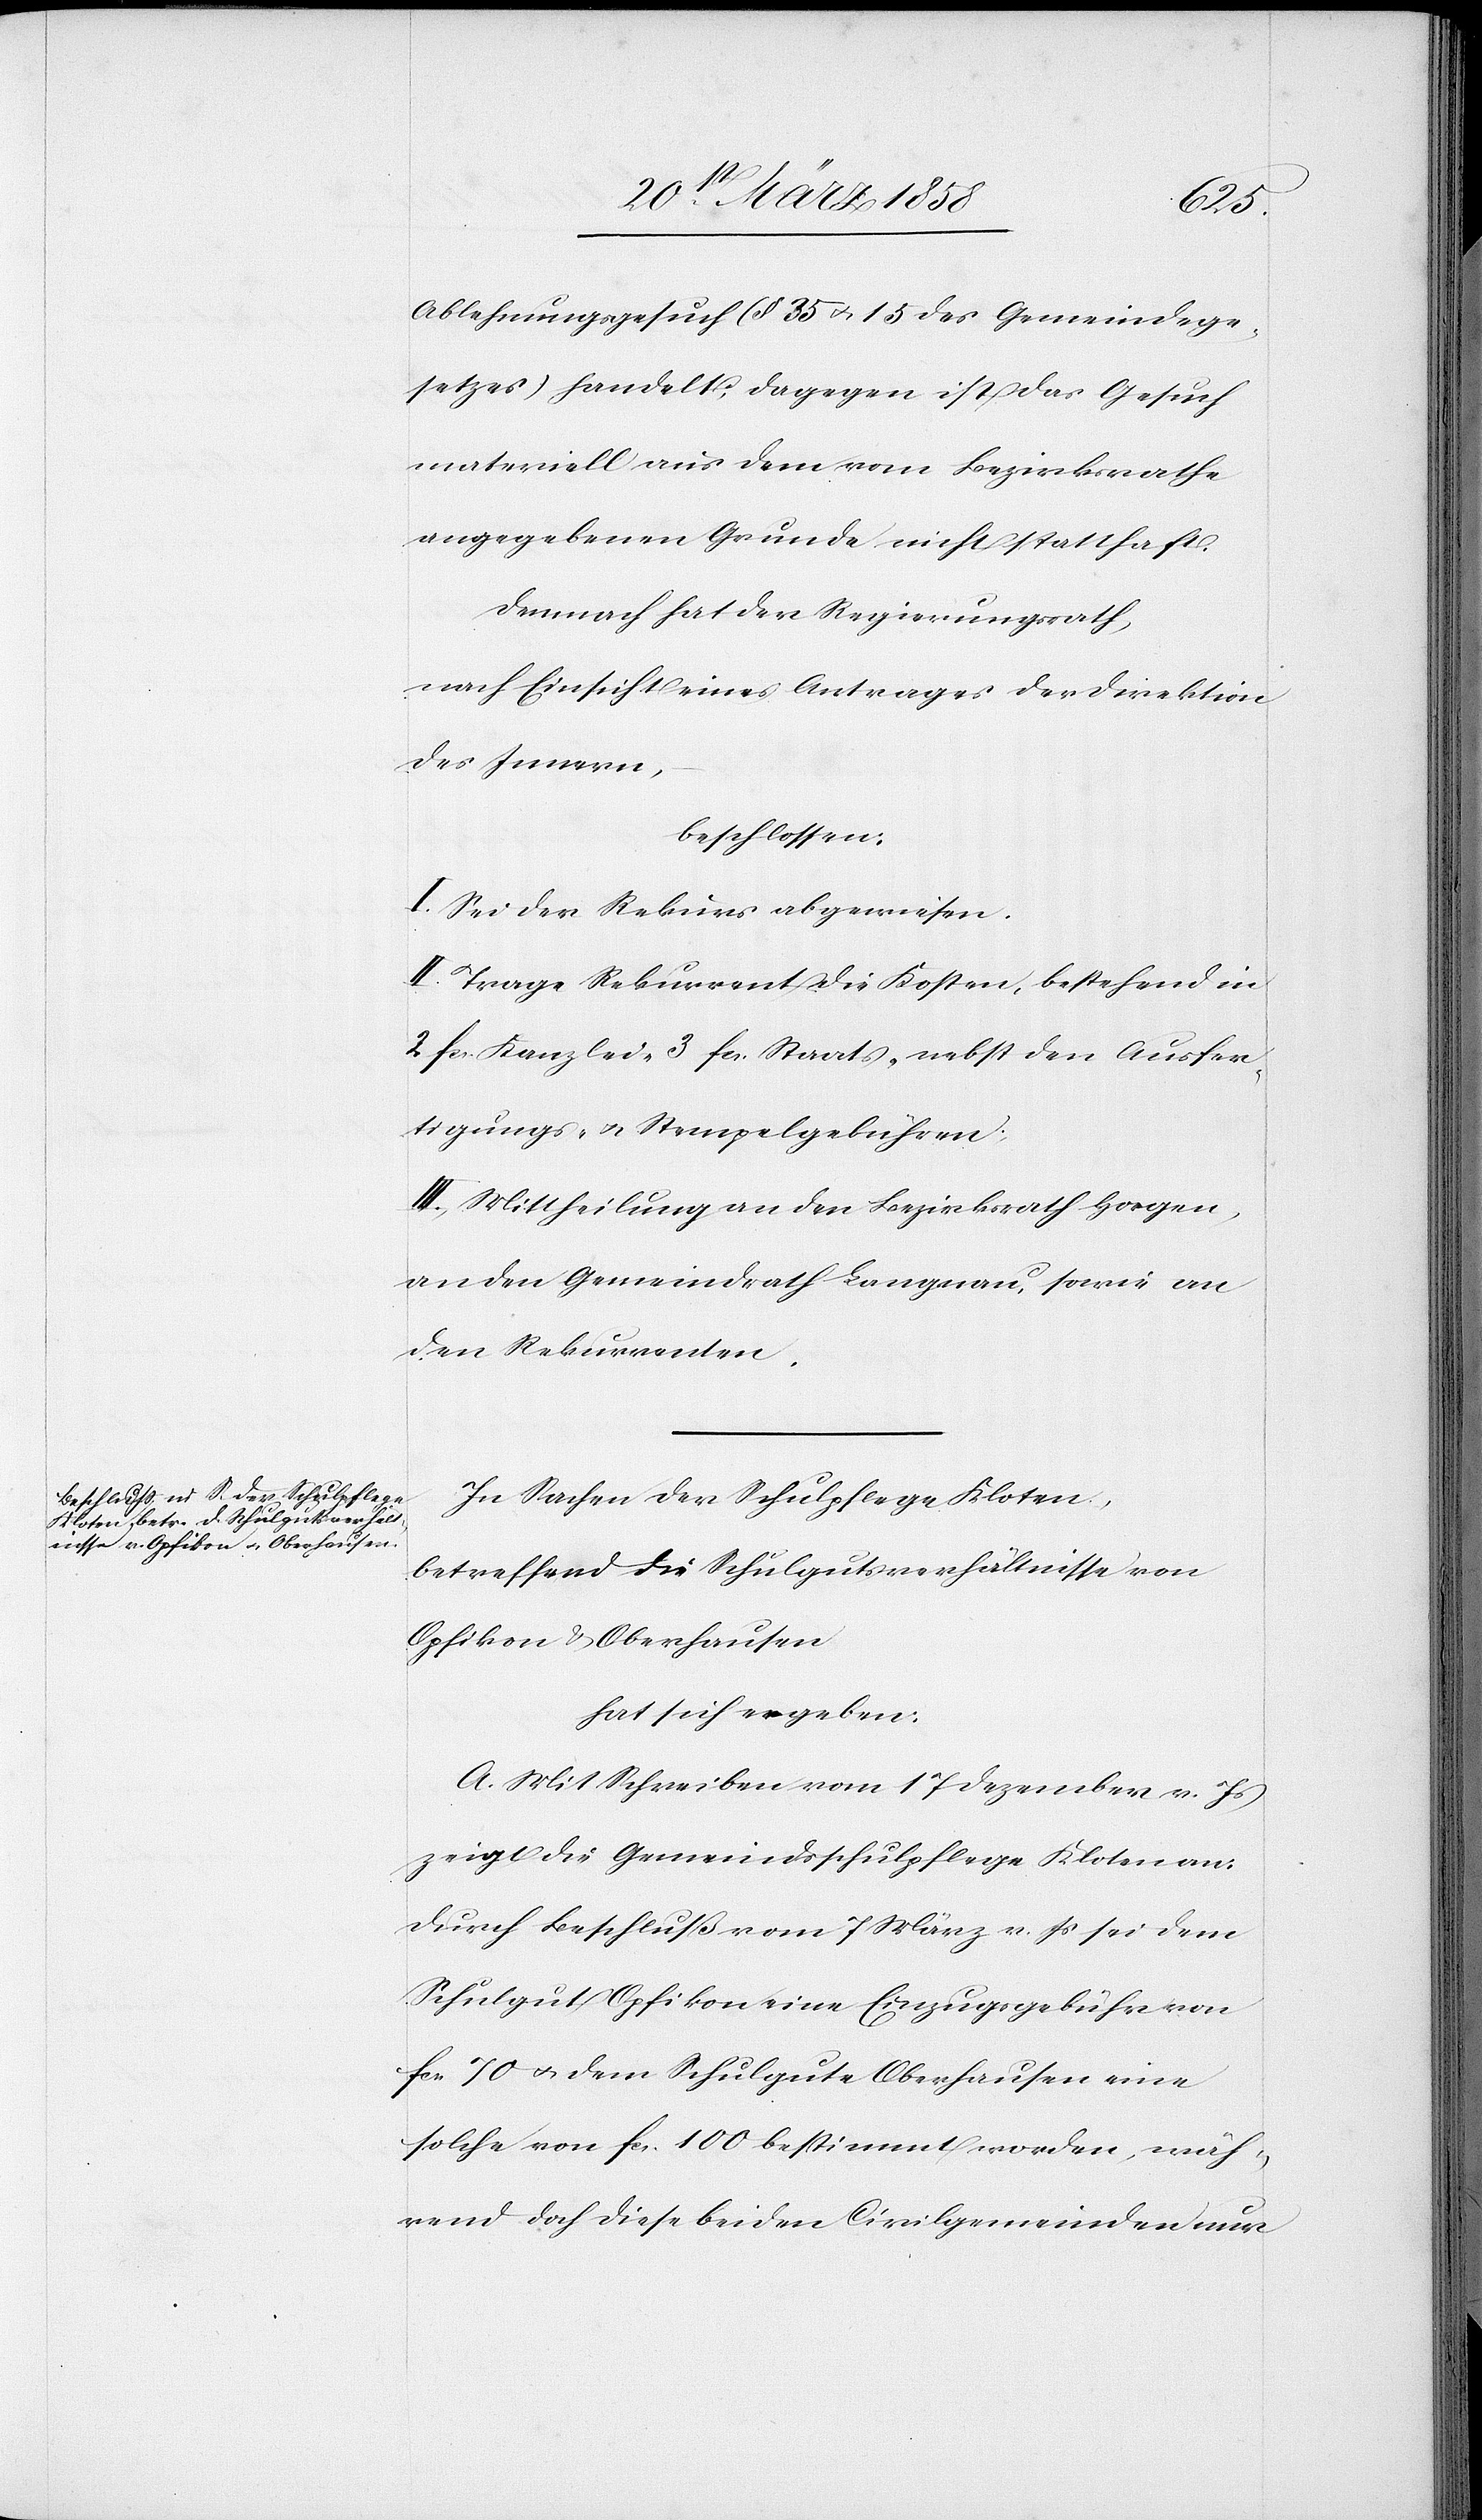
Ablehnungsgesuch (§ 35 u. 15 des Gemeindege¬
setzes) handelt; dagegen ist das Gesuch
materiell aus dem vom Bezirksrathe
angegebenen Grunde nicht statthaft.
Demnach hat der Regierungsrath,
nach Einsicht eines Antrages der Direktion
des Innern,
beschlossen:
I. Sei der Rekurs abgewiesen.
II. Trage Rekurrent die Kosten, bestehend in
2 fcs. Kanzlei-[,] 3 fcs. Staats-[,] nebst den Ausfer¬
tigungs- u. Stempelgebühren.
III. Mittheilung an den Bezirksrath Horgen,
an den Gemeindrath Langnau, sowie an
den Rekurrenten.
In Sachen der Schulpflege Kloten,
betreffend die Schulgutsverhältnisse von
Opfikon u. Oberhausen
hat sich ergeben:
A. Mit Schreiben vom 17. Dezember v. Js.
zeigt die Gemeindsschulpflege Kloten an:
Durch Beschluß vom 7. März v. Js. sei dem
Schulgut Opfikon eine Einzugsgebühr von
fcs. 70 u. dem Schulgute Oberhausen eine
solche von fcs. 100 bestimmt worden, wäh¬
rend doch diese beiden Civilgemeinden nur